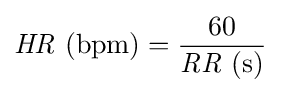
{\mathit {HR}}\ ({\text{bpm}})={60 \over {\mathit {RR}}\ ({\text{s}})}